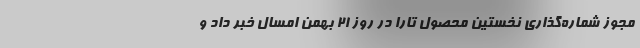
مجوز شماره‌گذاری نخستین محصول تارا در روز ۲۱ بهمن امسال خبر داد و